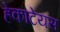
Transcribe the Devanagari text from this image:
हेकाटेयस